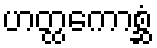
ဟတ္ထကောစ္ဆံ